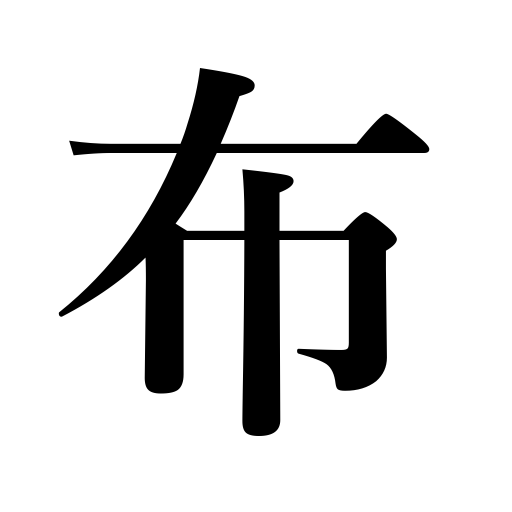
Meanings: cloth